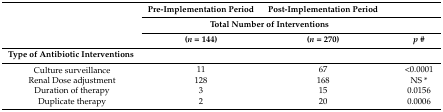
<table><thead><tr><td rowspan="3"></td><td><b>Pre-Implementation Period</b></td><td><b>Post-Implementation Period</b></td><td></td></tr><tr><td colspan="2"><b>Total Number of Interventions</b></td></tr><tr><td><b>(<i>n</i> = 144)</b></td><td><b>(<i>n</i> = 270)</b></td><td><b><i>p</i> #</b></td></tr></thead><tbody><tr><td><b>Type of Antibiotic Interventions</b></td><td colspan="3"></td></tr><tr><td>Culture surveillance</td><td>11</td><td>67</td><td>&lt;0.0001</td></tr><tr><td>Renal Dose adjustment</td><td>128</td><td>168</td><td>NS *</td></tr><tr><td>Duration of therapy</td><td>3</td><td>15</td><td>0.0156</td></tr><tr><td>Duplicate therapy</td><td>2</td><td>20</td><td>0.0006</td></tr></tbody></table>